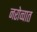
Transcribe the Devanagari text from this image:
नरोव्चात